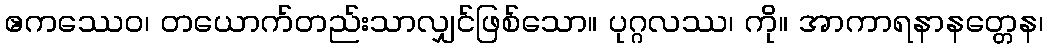
ဧကဿေဝ၊ တယောက်တည်းသာလျှင်ဖြစ်သော။ ပုဂ္ဂလဿ၊ ကို။ အာကာရနာနတ္တေန၊